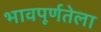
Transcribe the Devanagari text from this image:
भावपूर्णतेला